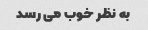
به نظر خوب می رسد